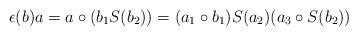
LaTeX: \begin{align*}\epsilon(b)a=a\circ (b_1S(b_2))=(a_1\circ b_1)S(a_2)(a_3\circ S(b_2))\end{align*}